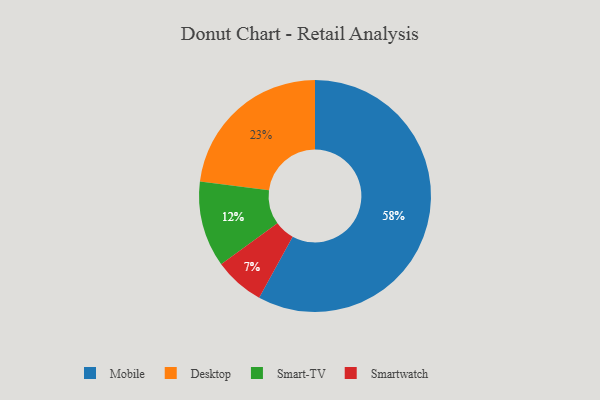
{"axis": {"x": "Category", "y": "Percentage"}, "legend": ["Desktop", "Mobile", "Smart-TV", "Smartwatch"], "data": [{"x": "Desktop", "y": 23, "type": "Desktop"}, {"x": "Smartwatch", "y": 7, "type": "Smartwatch"}, {"x": "Mobile", "y": 58, "type": "Mobile"}, {"x": "Smart-TV", "y": 12, "type": "Smart-TV"}]}